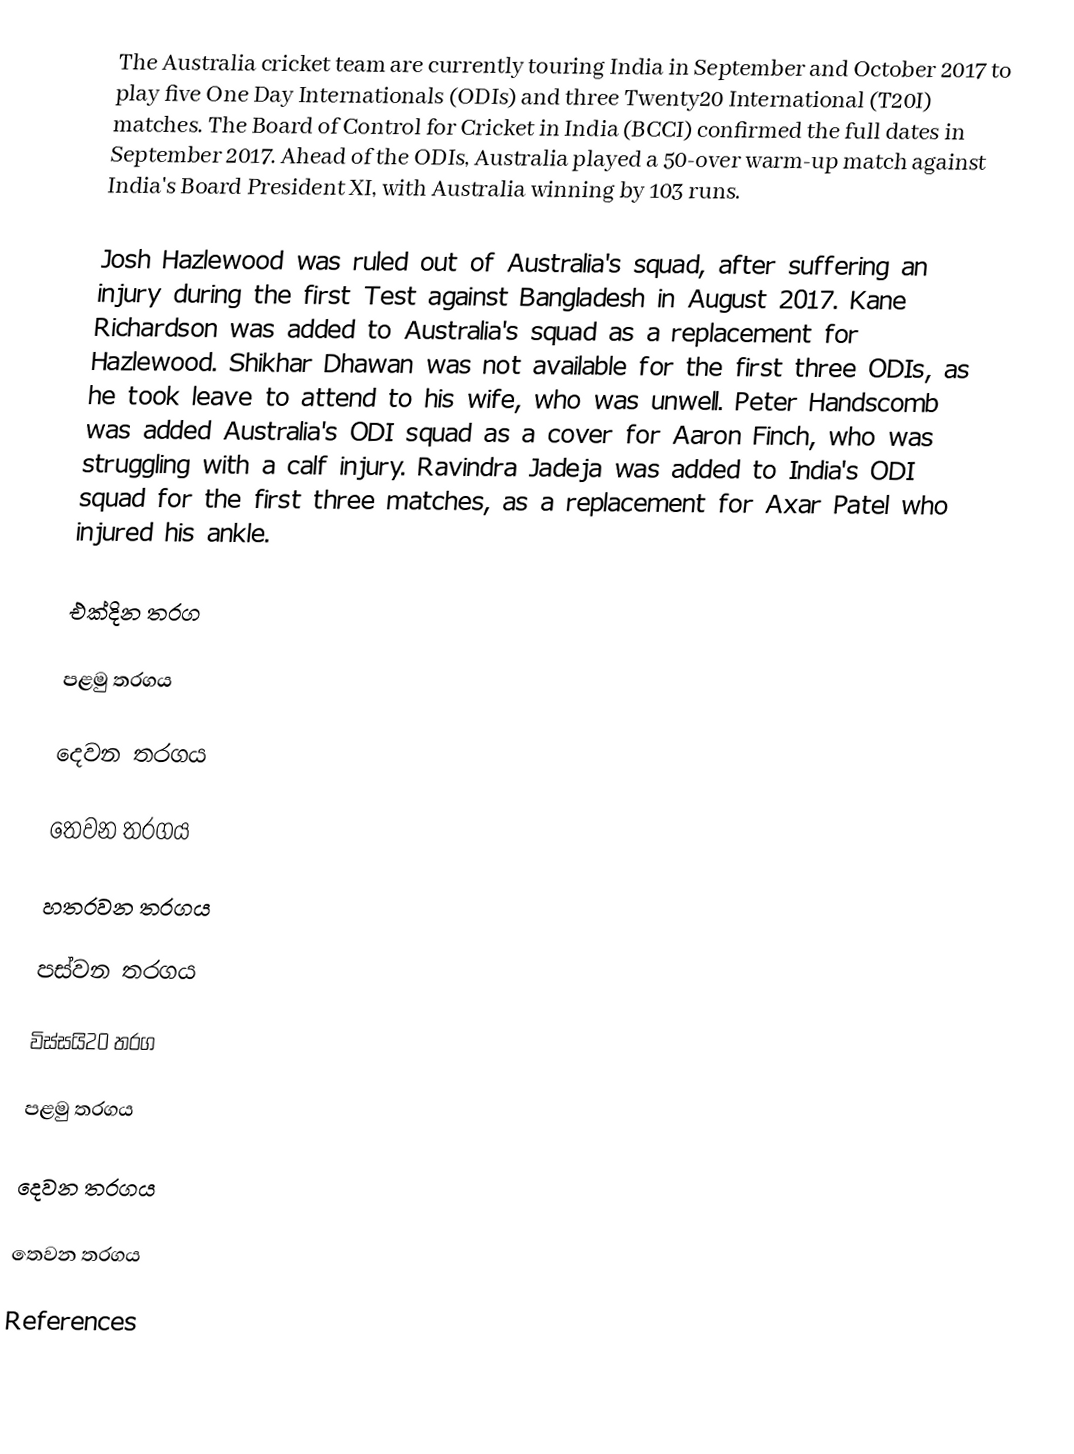
The Australia cricket team are currently touring India in September and October 2017 to play five One Day Internationals (ODIs) and three Twenty20 International (T20I) matches. The Board of Control for Cricket in India (BCCI) confirmed the full dates in September 2017. Ahead of the ODIs, Australia played a 50-over warm-up match against India's Board President XI, with Australia winning by 103 runs.

Josh Hazlewood was ruled out of Australia's squad, after suffering an injury during the first Test against Bangladesh in August 2017. Kane Richardson was added to Australia's squad as a replacement for Hazlewood. Shikhar Dhawan was not available for the first three ODIs, as he took leave to attend to his wife, who was unwell. Peter Handscomb was added Australia's ODI squad as a cover for Aaron Finch, who was struggling with a calf injury. Ravindra Jadeja was added to India's ODI squad for the first three matches, as a replacement for Axar Patel who injured his ankle.

එක්දින තරග

පළමු තරගය

දෙවන තරගය

තෙවන තරගය

හතරවන තරගය

පස්වන තරගය

විස්සයි20 තරග

පළමු තරගය

දෙවන තරගය

තෙවන තරගය

References